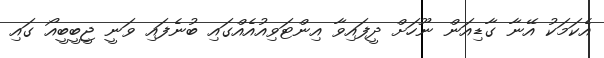
އެކަމަކު އޭނާ ގާޑިއަން ނޫހަށް ދީފައިވާ އިންޓަވިއުއެއްގައި ބުނެފައި ވަނީ ޖީބީބީއޯ ގައި